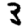
Digit: 3